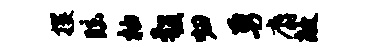
攫眩柚彀归勇麝敞